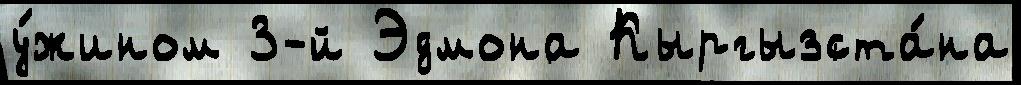
у́жином 3-й Эдмона Кыргызста́на